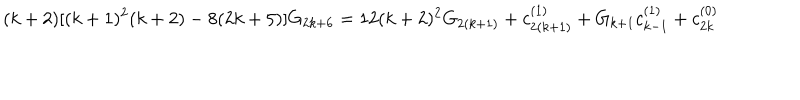
LaTeX: ( k + 2 ) [ ( k + 1 ) ^ { 2 } ( k + 2 ) - 8 ( 2 k + 5 ) ] G _ { 2 k + 6 } = 1 2 ( k + 2 ) ^ { 2 } G _ { 2 ( k + 1 ) } + c _ { 2 ( k + 1 ) } ^ { ( 1 ) } + G _ { k + 1 } c _ { k - 1 } ^ { ( 1 ) } + c _ { 2 k } ^ { ( 0 ) }